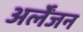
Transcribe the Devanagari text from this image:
अर्लेंजन